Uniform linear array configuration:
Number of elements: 24
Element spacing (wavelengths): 0.25
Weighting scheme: cosine
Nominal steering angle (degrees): -30
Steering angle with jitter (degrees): -30.964
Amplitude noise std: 0.05
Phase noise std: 0.05

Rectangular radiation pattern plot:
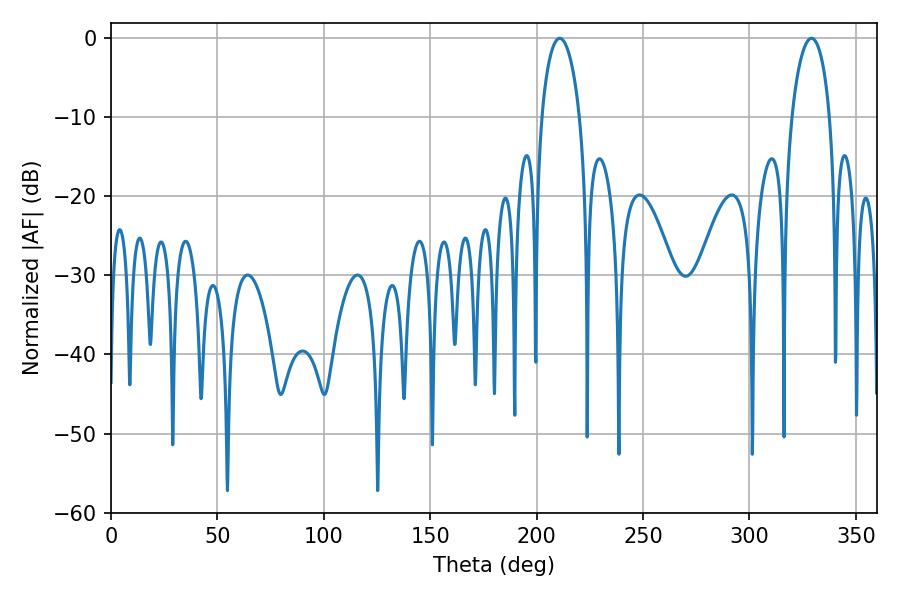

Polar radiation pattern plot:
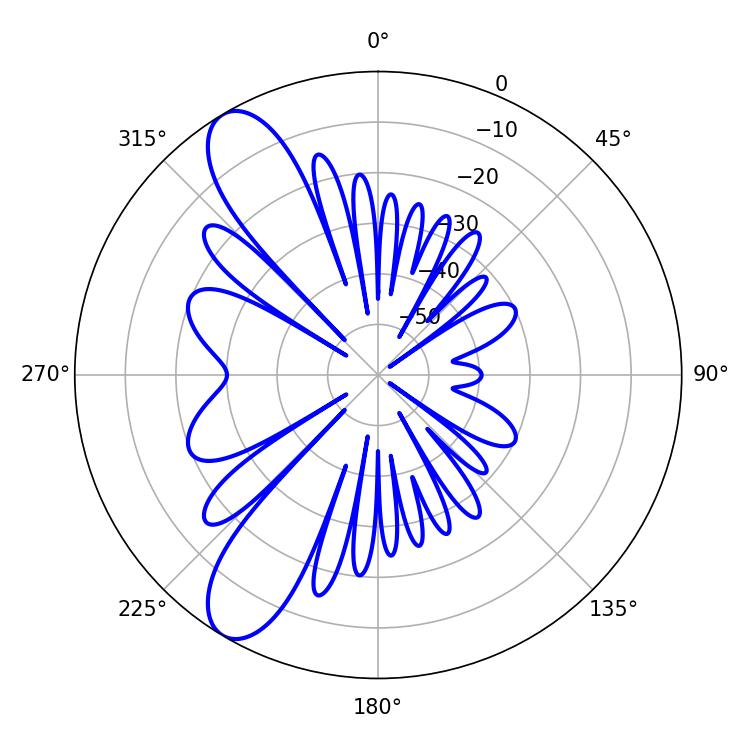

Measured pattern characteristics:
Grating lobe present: FALSE
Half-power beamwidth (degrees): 10.26
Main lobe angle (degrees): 210.78